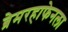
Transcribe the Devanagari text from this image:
ब्रेमरहाफेनला